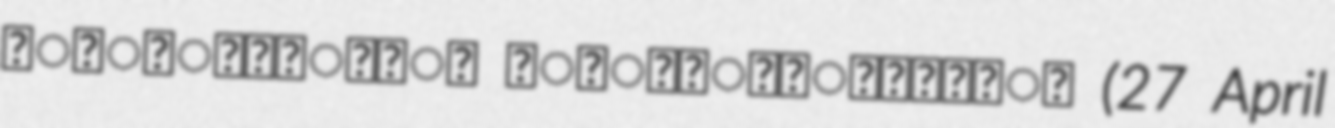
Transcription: ವಿಶ್ವೇಶತೀರ್ಥ ಶ್ರೀಪಾದಂಗಳವರು (27 April